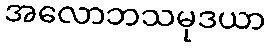
အလောဘသမုဒယာ